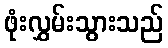
ဖုံးလွှမ်းသွားသည်